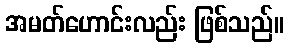
အမတ်ဟောင်းလည်း ဖြစ်သည်။